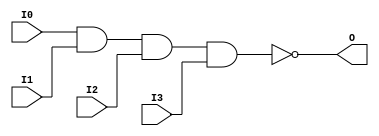
// $Header: /devl/xcs/repo/env/Databases/CAEInterfaces/verunilibs/data/unisims/NAND4.v,v 1.5.158.1 2007/03/09 18:13:10 patrickp Exp $
///////////////////////////////////////////////////////////////////////////////
// Copyright (c) 1995/2004 Xilinx, Inc.
// All Right Reserved.
///////////////////////////////////////////////////////////////////////////////
//   ____  ____
//  /   /\/   /
// /___/  \  /    Vendor : Xilinx
// \   \   \/     Version : 8.1i (I.13)
//  \   \         Description : Xilinx Functional Simulation Library Component
//  /   /                  4-input NAND Gate
// /___/   /\     Filename : NAND4.v
// \   \  /  \    Timestamp : Thu Mar 25 16:42:57 PST 2004
//  \___\/\___\
//
// Revision:
//    03/23/04 - Initial version.
// End Revision

`timescale  100 ps / 10 ps


module NAND4 (O, I0, I1, I2, I3);

    output O;

    input  I0, I1, I2, I3;

    nand A1 (O, I0, I1, I2, I3);


endmodule